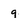
Character: 9